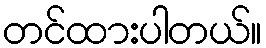
တင်ထားပါတယ်။